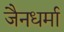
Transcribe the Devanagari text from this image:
जैनधर्मा